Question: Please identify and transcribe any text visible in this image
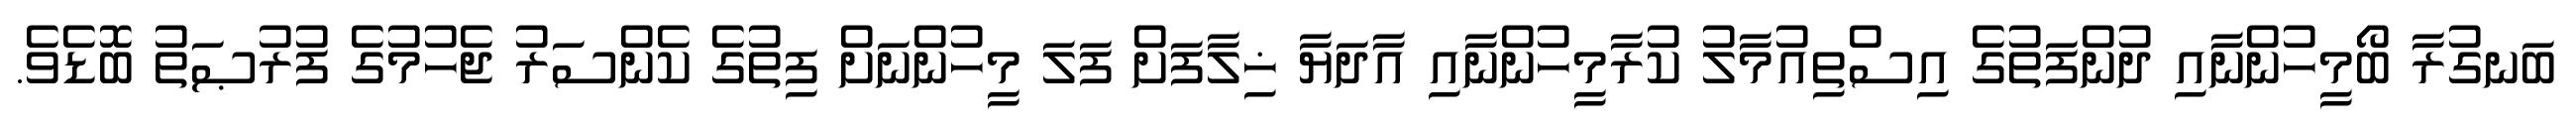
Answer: ބަނގުރާ ބޯމީހުންނާއި ދުންފަތުގެ އިސްތިއުމާލު ކުރާމީހުންނާއި އާދަޔާ ޚިލާފަށް ފަލަ މީހުންނަށް ފިތުގެ ކެންސަރު ޖެހުމުގެ ފުރުޞަތު ބޮޑެވެ.